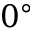
0 ^ { \circ }